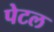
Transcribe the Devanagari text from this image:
पेटल